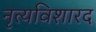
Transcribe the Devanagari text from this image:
नृत्यविशारद